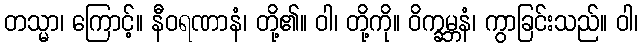
တသ္မာ၊ ကြောင့်။ နီဝရဏာနံ၊ တို့၏။ ဝါ၊ တို့ကို။ ဝိက္ခမ္ဘနံ၊ ကွာခြင်းသည်။ ဝါ၊